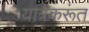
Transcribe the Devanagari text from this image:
यात्रेकरूंत